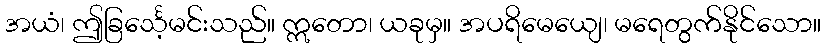
အယံ၊ ဤခြင်္သေ့မင်းသည်။ ဣတော၊ ယခုမှ။ အပရိမေယျေ၊ မရေတွက်နိုင်သော။